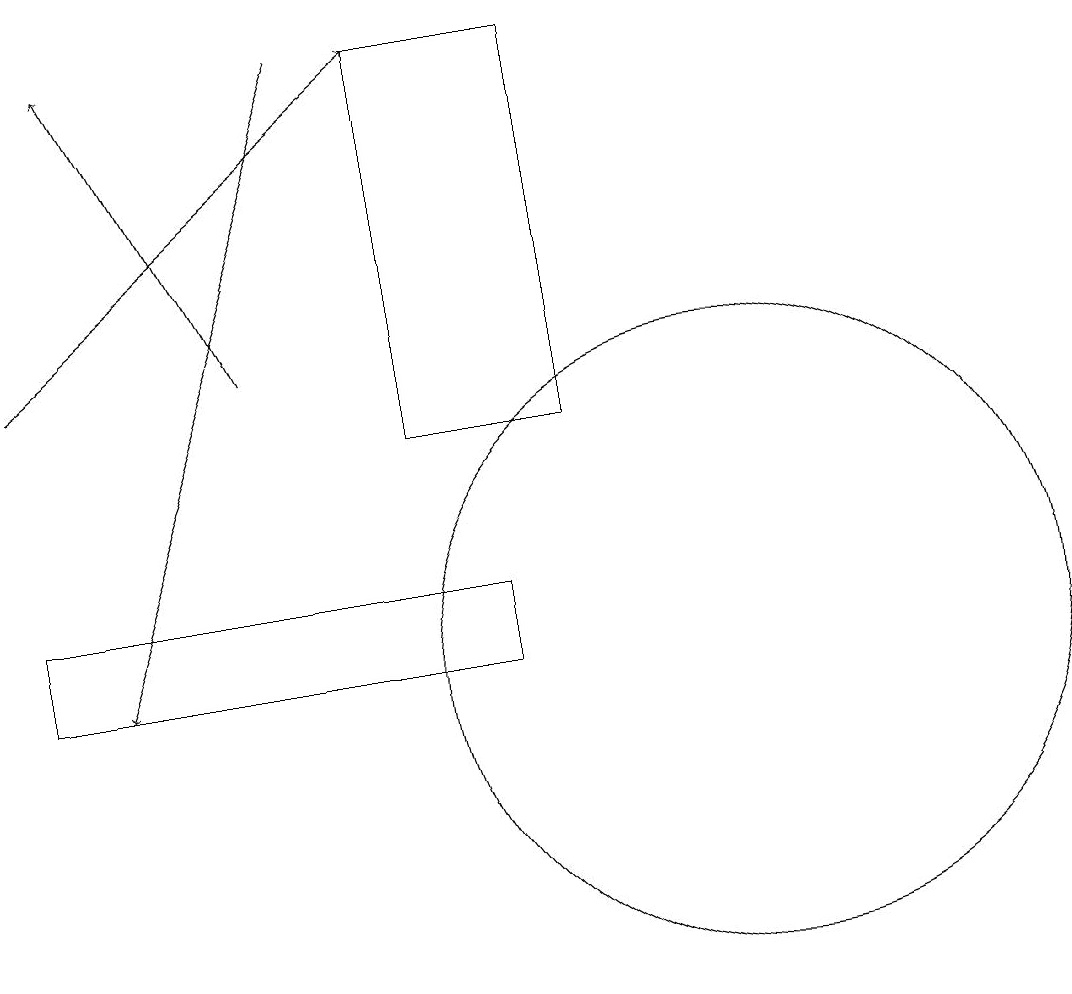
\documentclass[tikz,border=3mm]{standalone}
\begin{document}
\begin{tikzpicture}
\draw[->] (5,18) -- (2,10);
\draw (10,10) circle (4);
\draw (7,10) rectangle (1,11);
\draw[->] (1,14) -- (6,18);
\draw[->] (4,14) -- (2,18);
\draw (6,13) rectangle (8,18);
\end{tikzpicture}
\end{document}